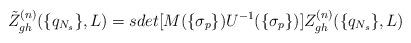
LaTeX: \begin{align*}\tilde Z_{gh}^{(n)}(\{q_{N_s}\},L) =sdet[M(\{\sigma_p\})U^{-1}(\{\sigma_p\})]Z_{gh}^{(n)}(\{q_{N_s}\},L)\end{align*}